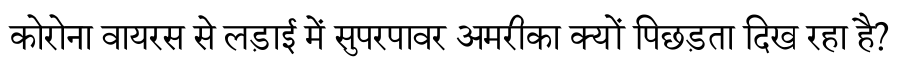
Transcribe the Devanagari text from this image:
कोरोना वायरस से लड़ाई में सुपरपावर अमरीका क्यों पिछड़ता दिख रहा है?